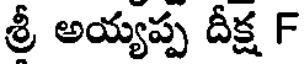
శ్రీ అయ్యప్ప దీక్ష F